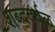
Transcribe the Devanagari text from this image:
शब्ददर्वळ